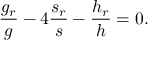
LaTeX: \frac { g _ { r } } { g } - 4 \frac { s _ { r } } { s } - \frac { h _ { r } } { h } = 0 .